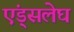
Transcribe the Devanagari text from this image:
एंड्सलेघ